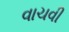
વાચવી